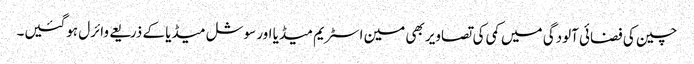
چین کی فضائی آلودگی میں کمی کی تصاویر بھی مین اسٹریم میڈیا اور سوشل میڈیا کے ذریعے وائرل ہوگئیں۔